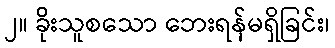
၂။ ခိုးသူစသော ဘေးရန်မရှိခြင်း၊